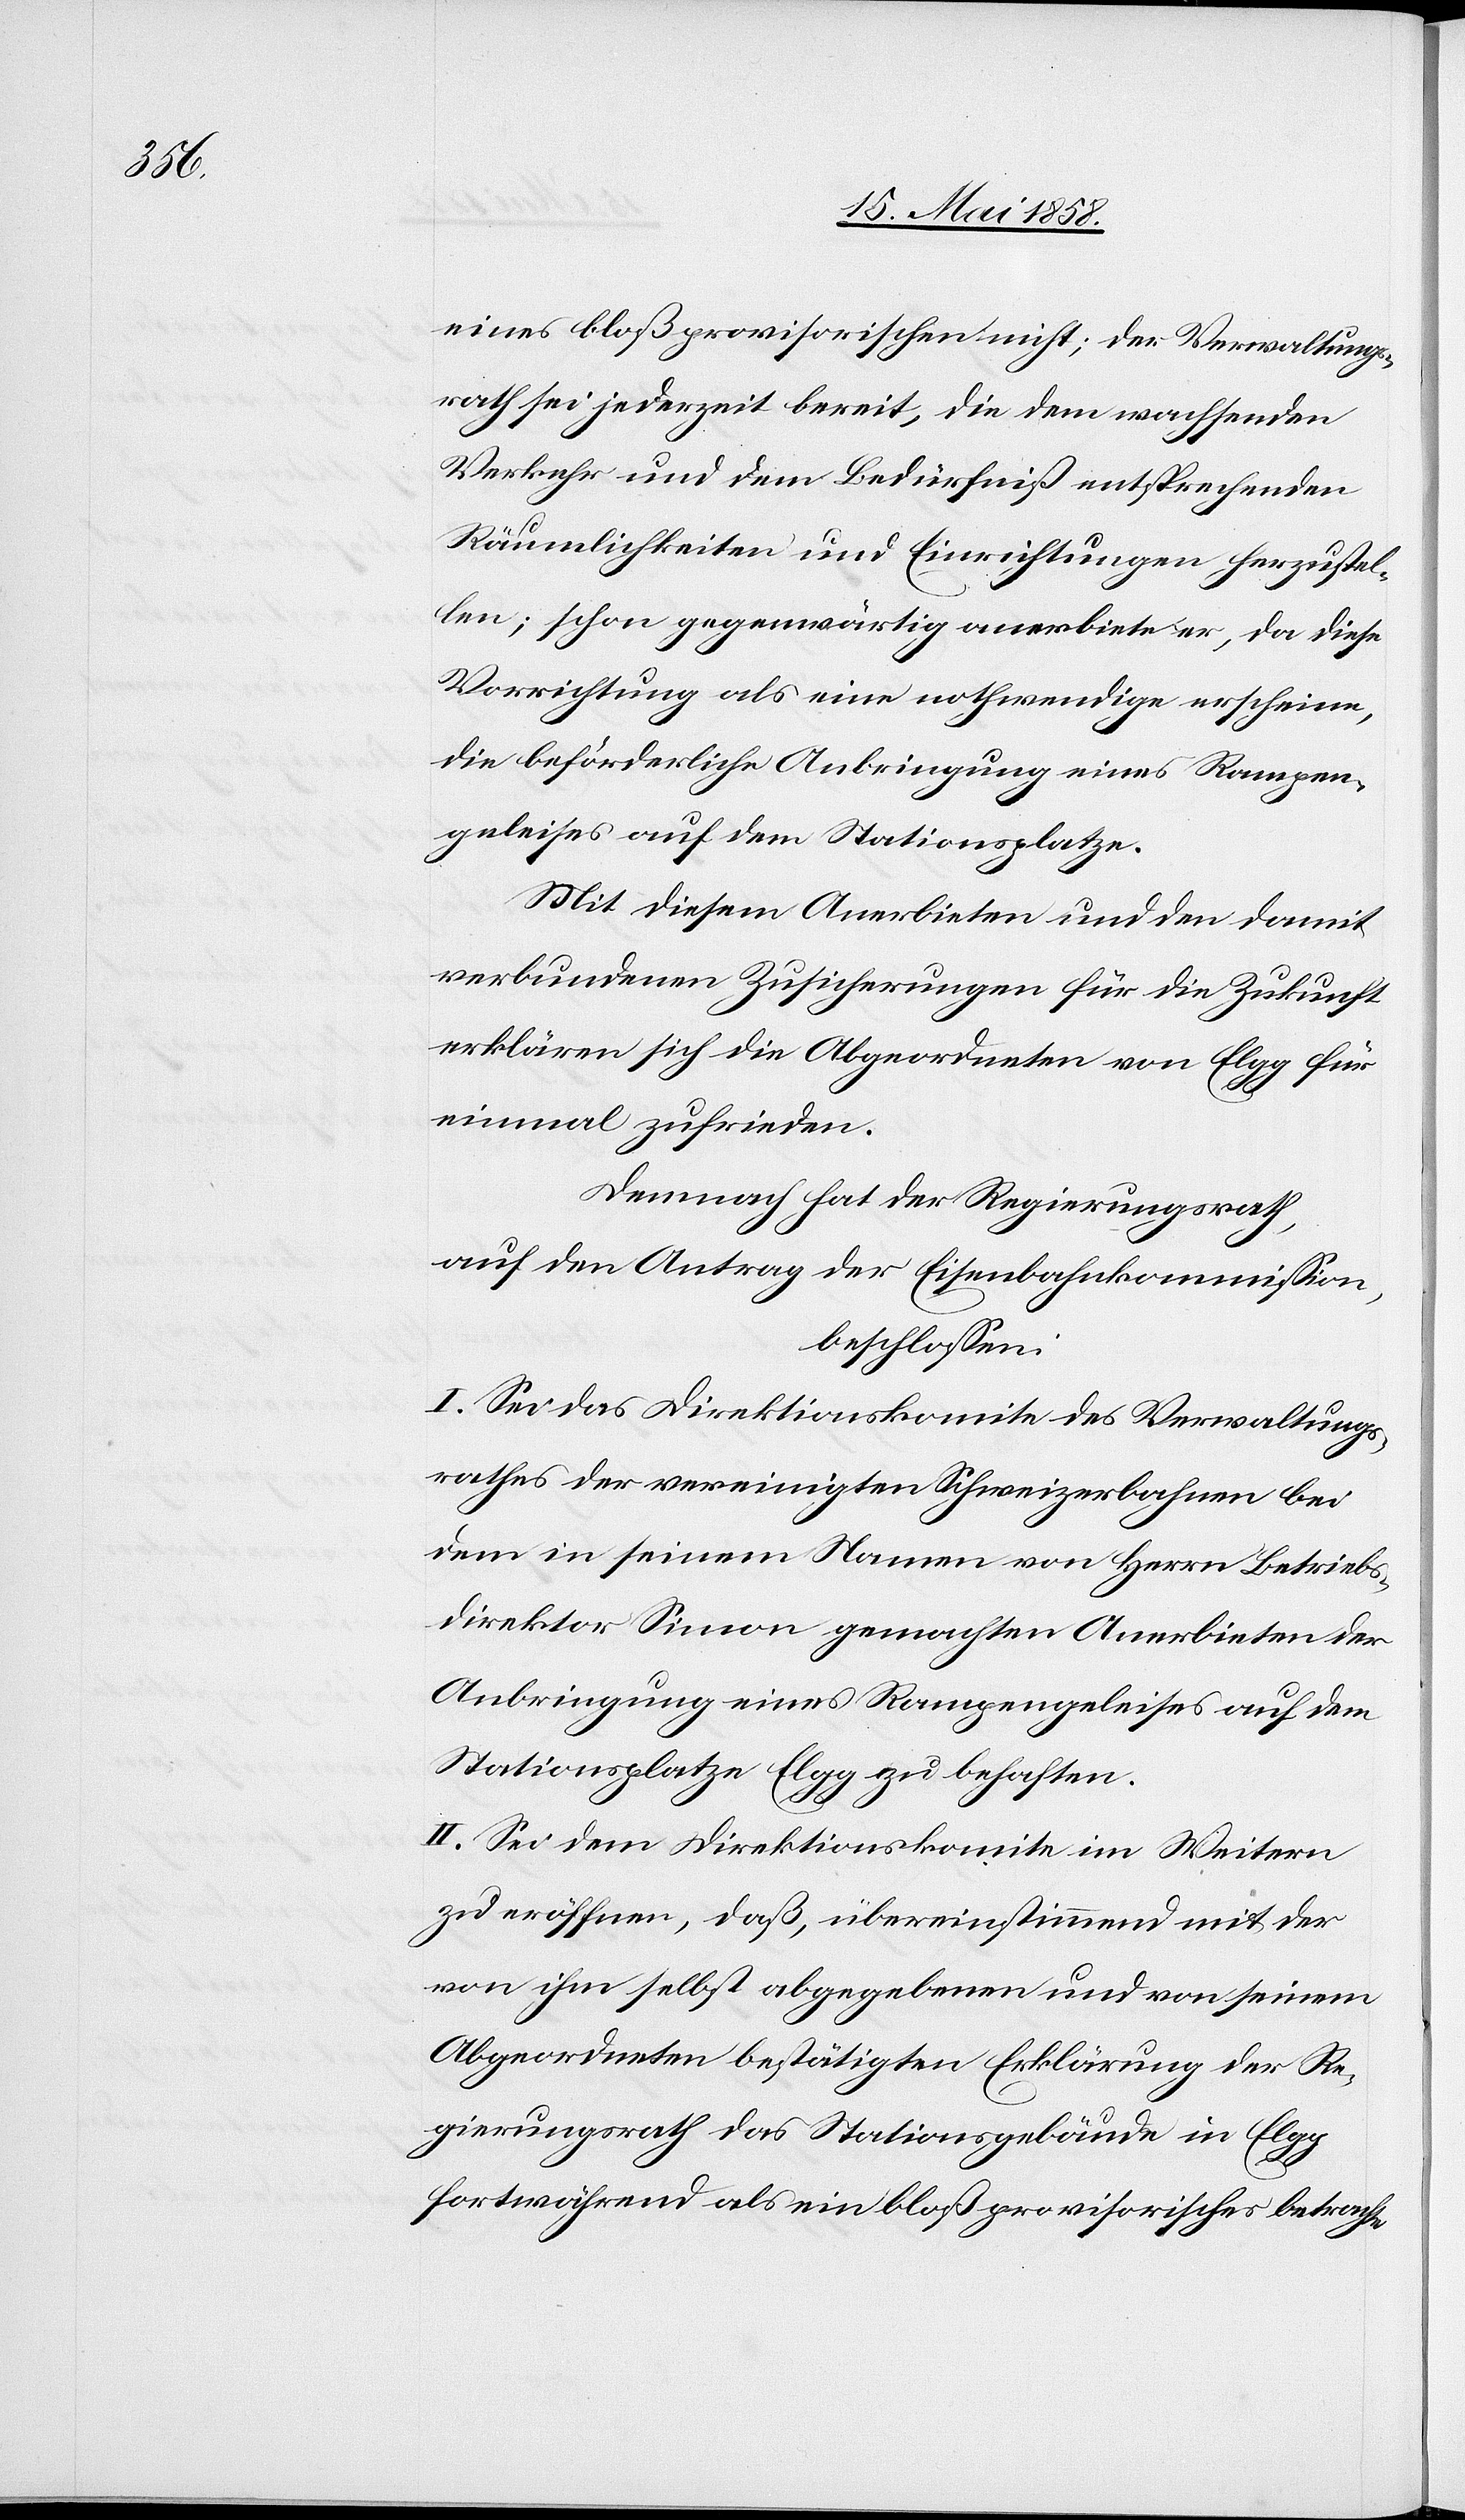
eines bloß provisorischen nicht; der Verwaltungs¬
rath sei jederzeit bereit, die den wachsenden
Verkehr und dem Bedürfniß entsprechenden
Räumlichkeiten und Einrichtungen herzustel¬
len; schon gegenwärtig anerbiete er, da diese
Vorrichtung als eine nothwendige erscheine,
die beförderliche Anbringung eines Rampen¬
geleises auf dem Stationsplatze.
Mit diesem Anerbieten und den damit
verbundenen Zusicherungen für die Zukunft
erklären sich die Abgeordneten von Elgg für
einmal zufrieden.
Demnach hat der Regierungsrath,
auf den Antrag der Eisenbahnkommission,
beschlossen:
I. Sei das Direktionskomite des Verwaltungs¬
rathes der vereinigten Schweizerbahnen bei
dem in seinem Namen von Herrn Betrieb¬
direktor Simon gemachten Anerbieten der
Anbringung eines Rampengeleises auf dem
Stationsplatze Elgg zu behaften.
II. Sei dem Direktionskomite im Weitern
zu eröffnen, daß, übereinstimmend mit der
von ihm selbst abgegebenen und von seinem
Abgeordneten bestätigten Erklärung der Re¬
gierungsrath das Stationsgebäude in Elgg
fortwährend als ein bloß provisorisches betrachten